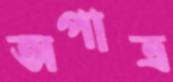
অপাত্র